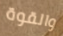
والقوة